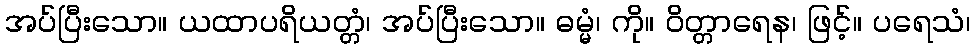
အပ်ပြီးသော။ ယထာပရိယတ္တံ၊ အပ်ပြီးသော။ ဓမ္မံ၊ ကို။ ဝိတ္တာရေန၊ ဖြင့်။ ပရေသံ၊